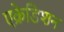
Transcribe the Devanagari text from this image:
एक्रेडिशन